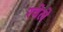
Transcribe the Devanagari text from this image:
रचेले